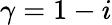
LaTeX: \gamma=1-i